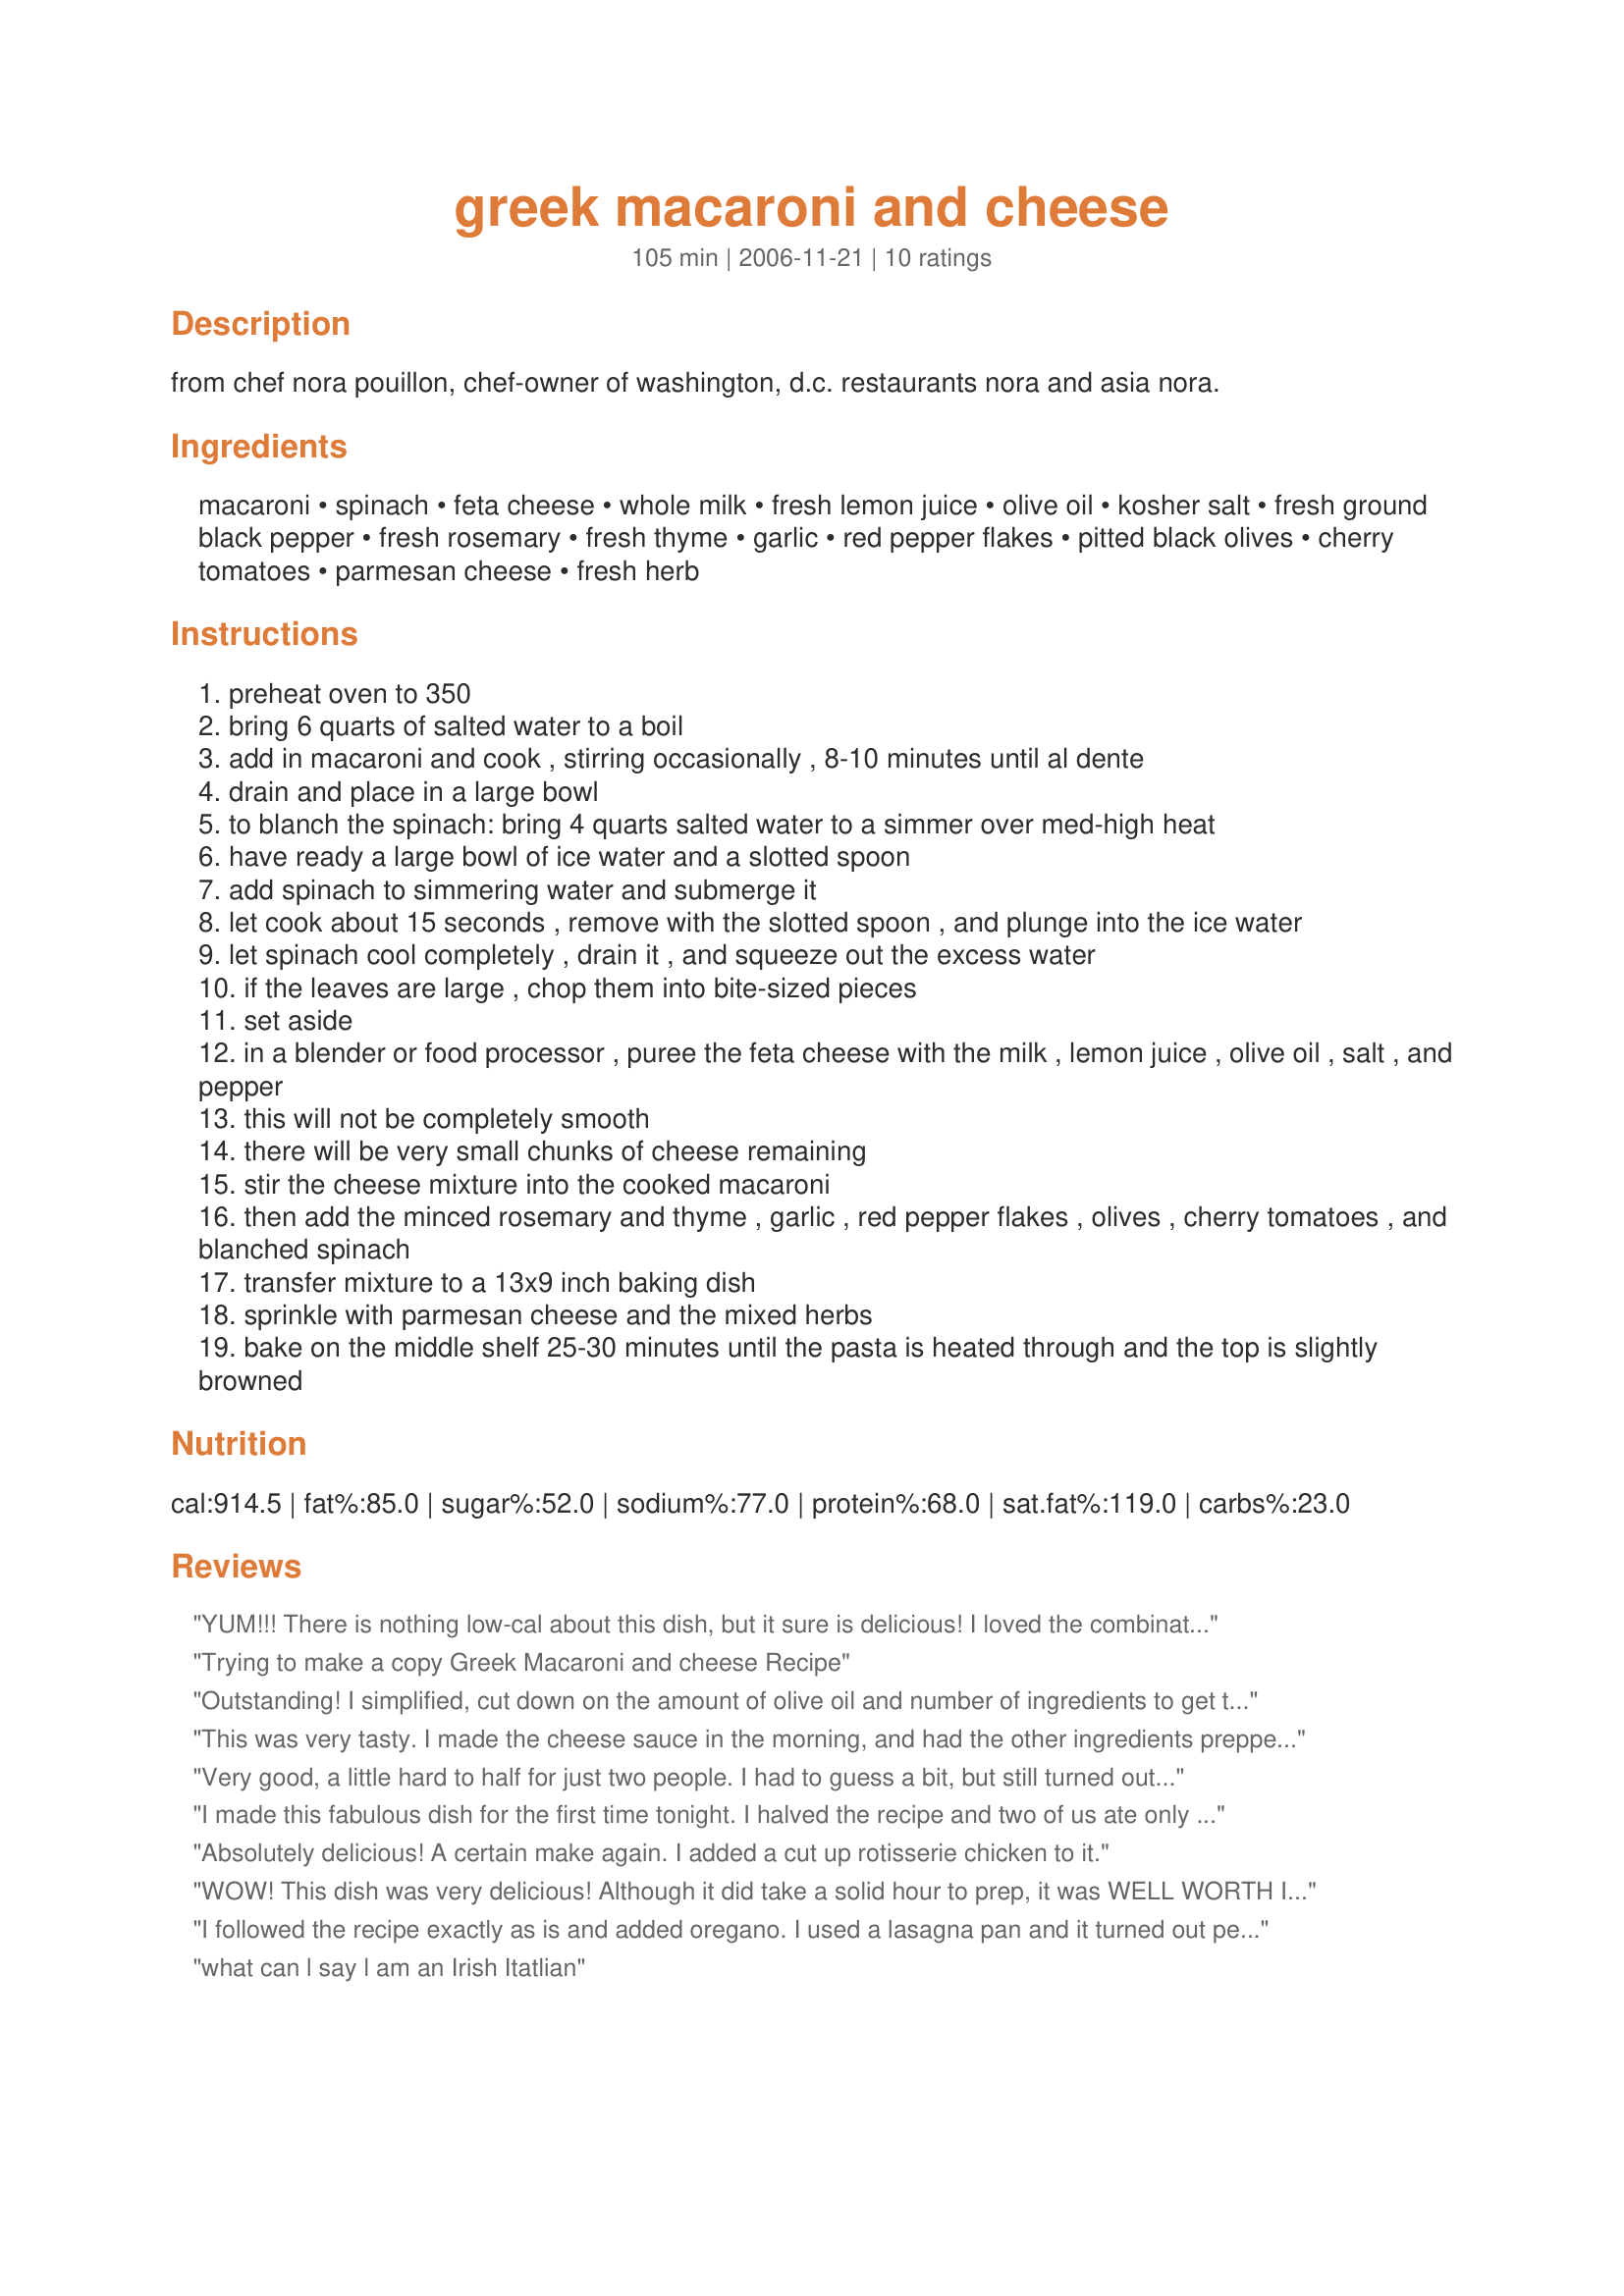
greek macaroni and cheese
Preparation time: 105 minutes

from chef nora pouillon, chef-owner of washington, d.c. restaurants nora and asia nora.

Ingredients:
macaroni, spinach, feta cheese, whole milk, fresh lemon juice, olive oil, kosher salt, fresh ground black pepper, fresh rosemary, fresh thyme, garlic, red pepper flakes, pitted black olives, cherry tomatoes, parmesan cheese, fresh herb

Steps:
preheat oven to 350
bring 6 quarts of salted water to a boil
add in macaroni and cook , stirring occasionally , 8-10 minutes until al dente
drain and place in a large bowl
to blanch the spinach: bring 4 quarts salted water to a simmer over med-high heat
have ready a large bowl of ice water and a slotted spoon
add spinach to simmering water and submerge it
let cook about 15 seconds , remove with the slotted spoon , and plunge into the ice water
let spinach cool completely , drain it , and squeeze out the excess water
if the leaves are large , chop them into bite-sized pieces
set aside
in a blender or food processor , puree the feta cheese with the milk , lemon juice , olive oil , salt , and pepper
this will not be completely smooth
there will be very small chunks of cheese remaining
stir the cheese mixture into the cooked macaroni
then add the minced rosemary and thyme , garlic , red pepper flakes , olives , cherry tomatoes , and blanched spinach
transfer mixture to a 13x9 inch baking dish
sprinkle with parmesan cheese and the mixed herbs
bake on the middle shelf 25-30 minutes until the pasta is heated through and the top is slightly browned

Reviews:
YUM!!! There is nothing low-cal about this dish, but it sure is delicious! I loved the combination of creamy feta, fresh cherry tomatoes, kalamata olives and fresh herbs. The spinach reduces the guilt over the cheese because it is also healthy, right? This takes awhile to prep (though it is not difficult), but the result is worth it. I would definitely have this again. We didn't change a thing. Thanks!
Trying to make a copy Greek Macaroni and cheese Recipe
Outstanding! I simplified, cut down on the amount of olive oil and number of ingredients to get the creamy dish I wanted. Also, used oregano instead of the other herbs and added more garlic. This recipe adaptable, based on taste/what you've got on hand - and isn't that the definition of a really good recipe?
This was very tasty. I made the cheese sauce in the morning, and had the other ingredients prepped, so all I had to do when I came home was to cook the macaroni and mix it all together. Half the recipe fit into my 10 in pie dish, and I think would have served 4 to 5 - I think the full recipe should provide for 8 to 10 people. I used a good handful of dill instead of the rosemary, and had only dried thyme, which I mixed in with the milk and cheese in the morning. I forgot to buy cherry tomatoes, but had some very nice plum tomatoes which I diced. I may have used a bit more spinach, cooked it and drained in a colander, squeezed and then cut up with scissors right in the colander. I left it there to drain further, and then squeezed out more liquid before adding to the pasta and cheese sauce. Feta, of course, does not melt, so that the mac and cheese is a bit looser than that made with cheddar, but that does not take away from the taste.
Very good, a little hard to half for just two people. I had to guess a bit, but still turned out tasty.
I made this fabulous dish for the first time tonight. I halved the recipe and two of us ate only 1/3 of it so it goes a very long way and could feed a crowd.I followed the recipe fairly carefully though I did add some dried oregano, as well. So amazing! I'll make it again. And yet again.
Absolutely delicious! A certain make again. I added a cut up rotisserie chicken to it.
WOW! This dish was very delicious! Although it did take a solid hour to prep, it was WELL WORTH IT! I made this dish to serve my 19 year old boyfriend and his friends. They all said it was the best dish I&#039;ve put on the table! Talk about a compliment! I followed this recipe almost exactly, except added chicken with italian seasoning. (They&#039;re carnivores, what can you do) Definitely will make this again and again!!
I followed the recipe exactly as is and added oregano. I used a lasagna pan and it turned out perfect! This is a great recipe to make ahead and freeze.
what can l say l am an Irish Itatlian
